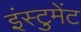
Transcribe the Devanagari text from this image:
इंस्टुमेंट